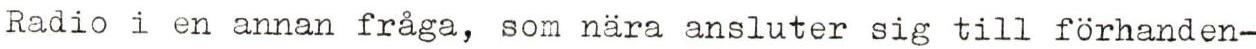
Radio i en annan fråga, som nära ansluter sig till förhanden-